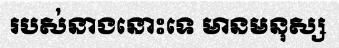
របស់នាងនោះទេ មានមនុស្ស